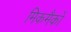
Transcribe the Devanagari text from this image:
मिकमैकों